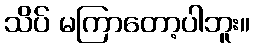
သိပ် မကြာတော့ပါဘူး။